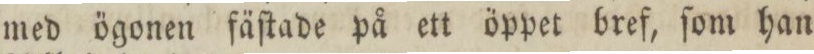
med ögonen fäſtade på ett öppet bref, ſom han